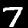
Digit: 7